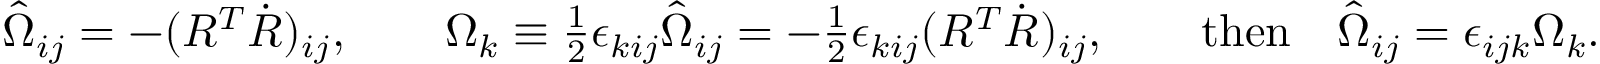
\begin{array} { r } { \hat { \Omega } _ { i j } = - ( R ^ { T } \dot { R } ) _ { i j } , \qquad \Omega _ { k } \equiv \frac 1 2 \epsilon _ { k i j } \hat { \Omega } _ { i j } = - \frac 1 2 \epsilon _ { k i j } ( R ^ { T } \dot { R } ) _ { i j } , \qquad \mathrm { t h e n } \quad \hat { \Omega } _ { i j } = \epsilon _ { i j k } \Omega _ { k } . } \end{array}